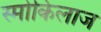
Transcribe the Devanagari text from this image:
स्मोकिलाज